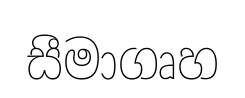
සීමාගෘහ